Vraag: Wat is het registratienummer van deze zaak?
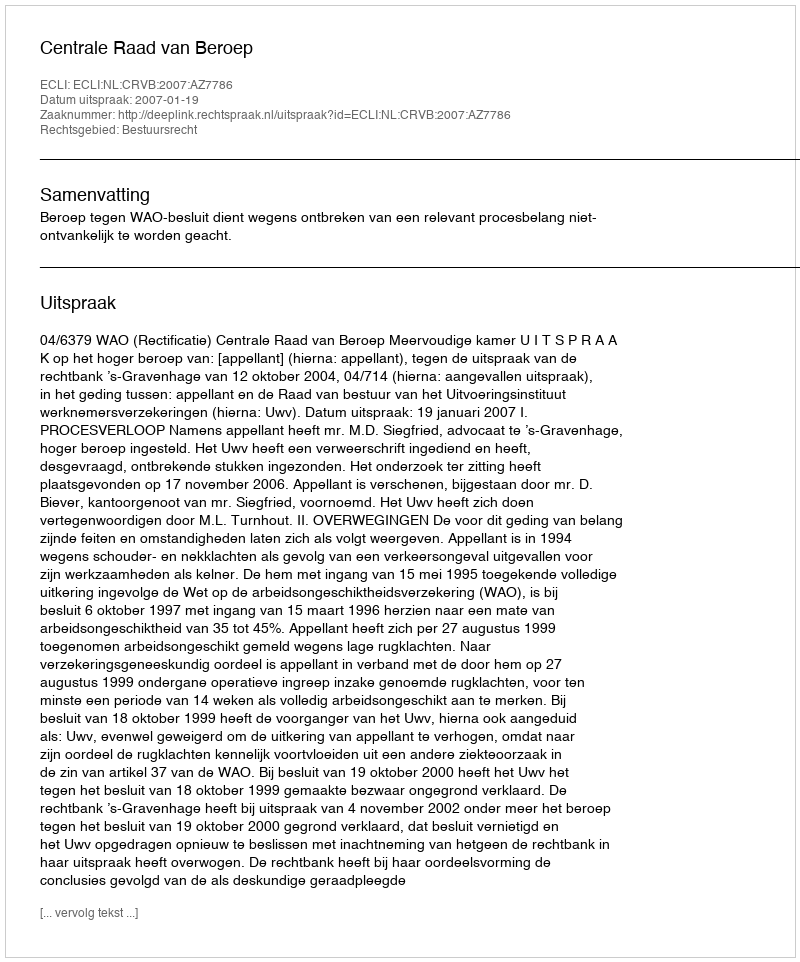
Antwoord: http://deeplink.rechtspraak.nl/uitspraak?id=ECLI:NL:CRVB:2007:AZ7786